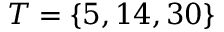
T = \{ 5 , 1 4 , 3 0 \}